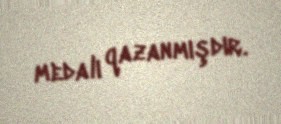
medalı qazanmışdır.